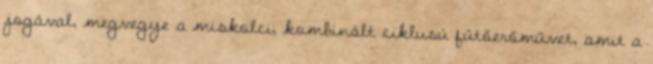
jogával, megvegye a miskolci, kombinált ciklusú fűtőerőművet, amit a